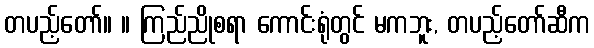
တပည့်တော်။ ။ ကြည်ညိုစရာ ကောင်းရုံတွင် မကဘူး, တပည့်တော်ဆီက